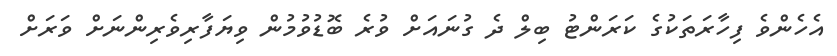
އެހެންވެ ފިހާރަތަކުގެ ކަރަންޓު ބިލް ދެ ގުނައަށް ވުރެ ބޮޑުވުމުން ވިޔަފާރިވެރިންނަށް ވަރަށް